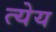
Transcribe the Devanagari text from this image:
त्येय